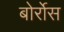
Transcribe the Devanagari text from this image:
बोर्रोस